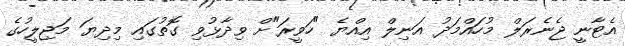
އެޓާނީ ޖެނެރަލް މުހައްމަދު އަނިލް އިއްޔެ "ހަވީރަ"ށް ވިދާޅުވި ގޮތުގައި މިދިޔަ މަޖިލީހުގެ